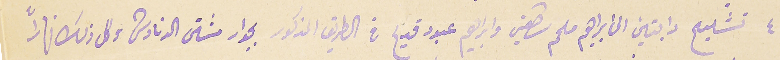
٤ تشليح دابتين الى ابراهيم ملحم شاهين وابراهيم عبود قديح في الطريق المذكور بجوار مشتى الدنادشه وكل ذلك نهاراً